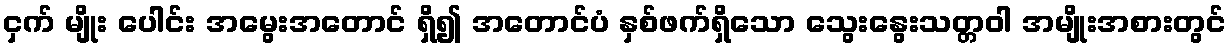
ငှက် မျိုး ပေါင်း အမွေးအတောင် ရှိ၍ အတောင်ပံ နှစ်ဖက်ရှိသော သွေးနွေးသတ္တဝါ အမျိုးအစားတွင်